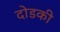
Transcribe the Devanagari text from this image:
दोडकी